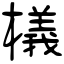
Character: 檥